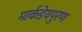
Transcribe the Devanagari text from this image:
मार्कडेयपुरण